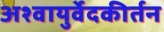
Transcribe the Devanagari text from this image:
अश्वायुर्वेदकीर्तन